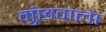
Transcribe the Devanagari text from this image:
मुंछवाला